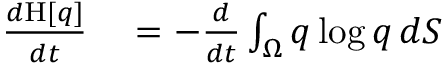
\begin{array} { r l } { \frac { d \mathrm { H } [ q ] } { d t } } & { { } = - \frac { d } { d t } \int _ { \Omega } q \log q \, d S } \end{array}